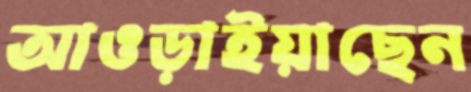
আওড়াইয়াছেন